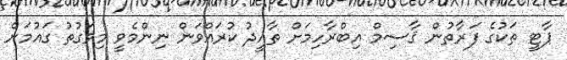
ޕާޓީ ތަކުގެ ފަރާތުން ޤާސިމް އިބްރާހިމަށް ތާއީދު ކުރައްވަން ނިންމެވީ މިވަގުތު ގައުމަށް